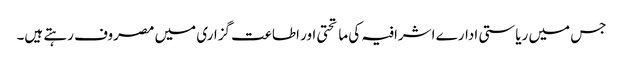
جس میں ریاستی ادارے اشرافیہ کی ماتحتی اور اطاعت گزاری میں مصروف رہتے ہیں۔